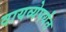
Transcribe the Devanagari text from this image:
वायव्येपर्यंत